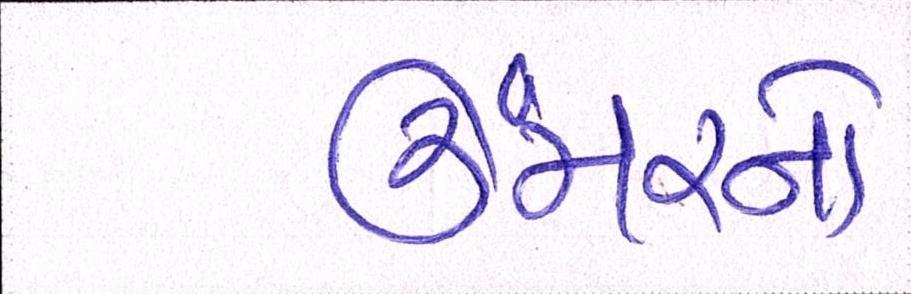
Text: ઉંમરનો